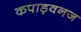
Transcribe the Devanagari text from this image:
कपाड़वनज